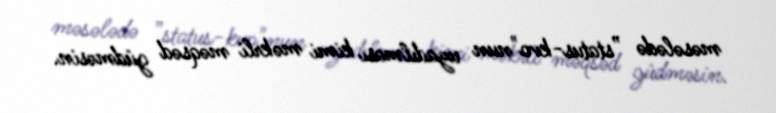
məsələdə ”status-kvo"nun uzadılması kimi məkrli məqsəd güdməsin.